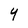
Character: Y